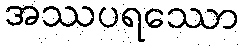
အဿပရဿော